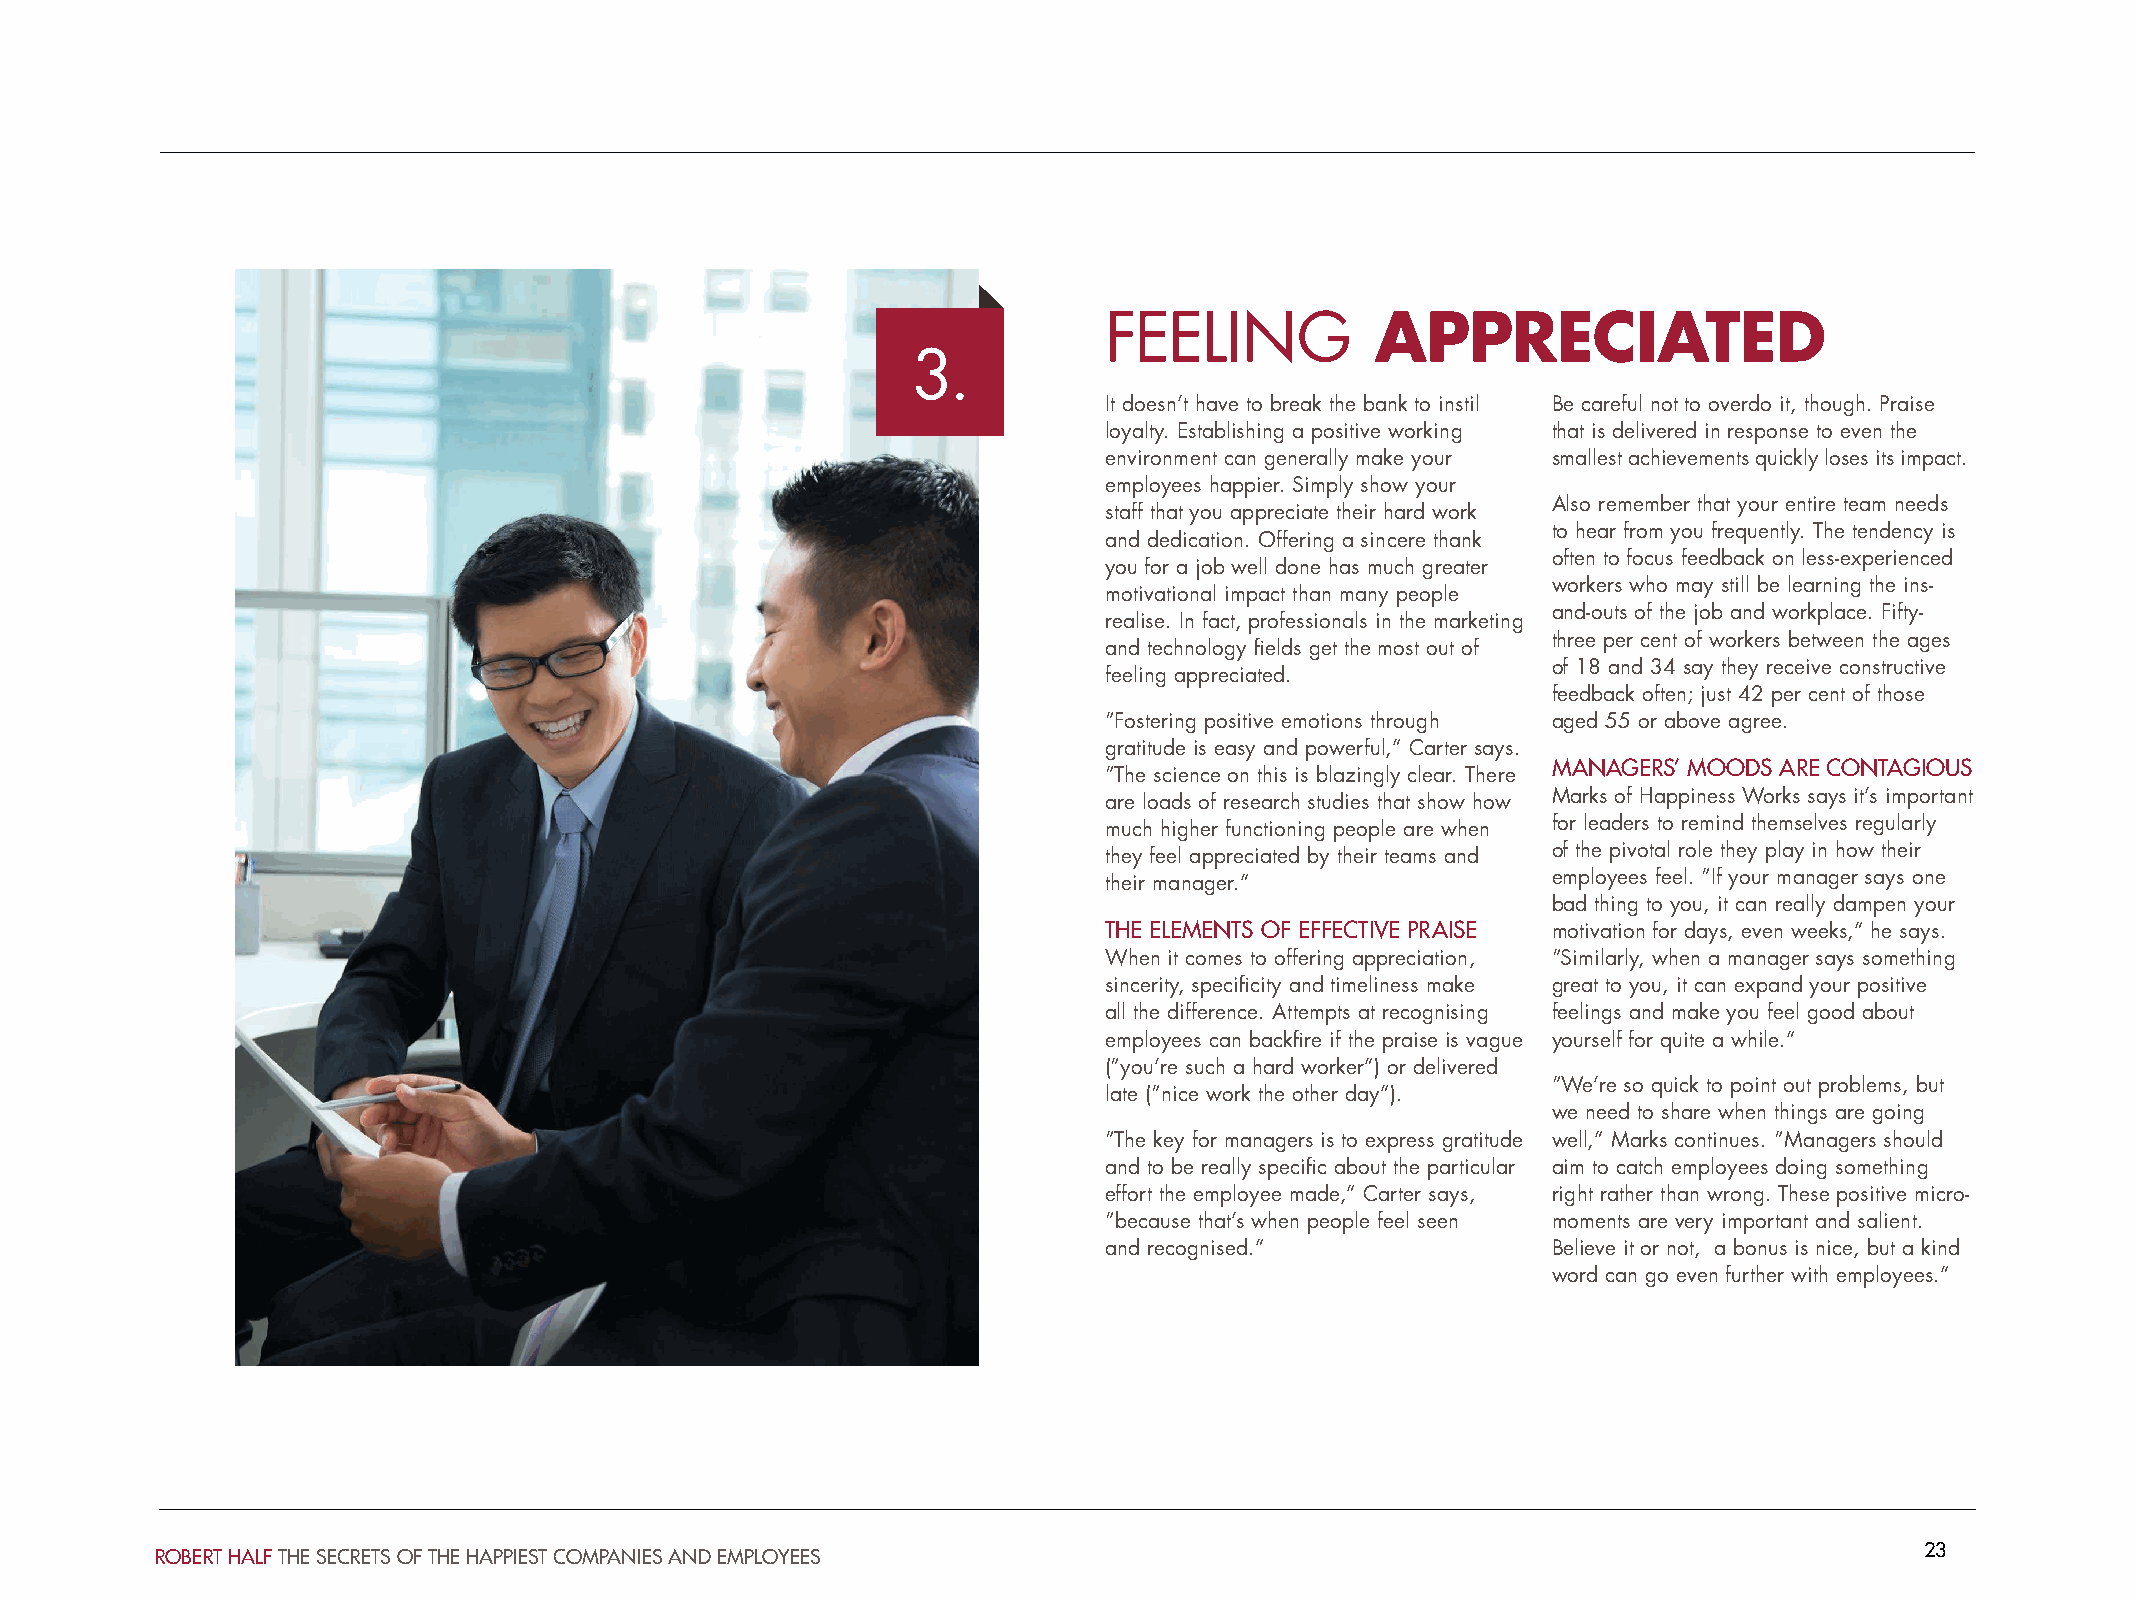
FEELING           APPRECIATED
 3.
 It doesn’t have to break the bank to instil Be careful not to overdo it, though. Praise
 loyalty. Establishing a positive working that is delivered in response to even the
 environment can generally make your smallest achievements quickly loses its impact.
 employees happier. Simply show your
 Also remember that your entire team needs
 staff that you appreciate their hard work
 to hear from you frequently. The tendency is
 and dedication. Offering a sincere thank
 often to focus feedback on less-experienced
 you for a job well done has much greater
 workers who may still be learning the ins-
 motivational impact than many people
 and-outs of the job and workplace. Fifty-
 realise. In fact, professionals in the marketing
 three per cent of workers between the ages
 and technology fields get the most out of
 of 18 and 34 say they receive constructive
 feeling appreciated.
 feedback often; just 42 per cent of those
 “Fostering positive emotions through aged 55 or above agree.
 gratitude is easy and powerful,” Carter says.
 MANAGERS’ MOODS ARE CONTAGIOUS
 “The science on this is blazingly clear. There
 are loads of research studies that show how Marks of Happiness Works says it’s important
 much higher functioning people are when for leaders to remind themselves regularly
 they feel appreciated by their teams and of the pivotal role they play in how their
 their manager.”               employees feel. “If your manager says one
 bad thing to you, it can really dampen your
 THE ELEMENTS OF EFFECTIVE PRAISE motivation for days, even weeks,” he says.
 When it comes to offering appreciation, “Similarly, when a manager says something
 sincerity, specificity and timeliness make great to you, it can expand your positive
 all the difference. Attempts at recognising feelings and make you feel good about
 employees can backfire if the praise is vague yourself for quite a while.”
 (“you’re such a hard worker”) or delivered
 “We’re so quick to point out problems, but
 late (“nice work the other day”).
 we need to share when things are going
 “The key for managers is to express gratitude well,” Marks continues. “Managers should
 and to be really specific about the particular aim to catch employees doing something
 effort the employee made,” Carter says, right rather than wrong. These positive micro-
 “because that’s when people feel seen moments are very important and salient.
 and recognised.”              Believe it or not, a bonus is nice, but a kind
 word can go even further with employees.”
 23
 ROBERT HALF THE SECRETS OF THE HAPPIEST COMPANIES AND EMPLOYEES